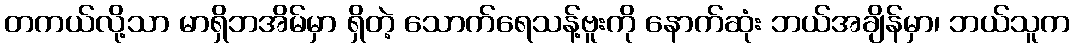
တကယ်လို့သာ မာရှိဘအိမ်မှာ ရှိတဲ့ သောက်ရေသန့်ဗူးကို နောက်ဆုံး ဘယ်အချိန်မှာ၊ ဘယ်သူက